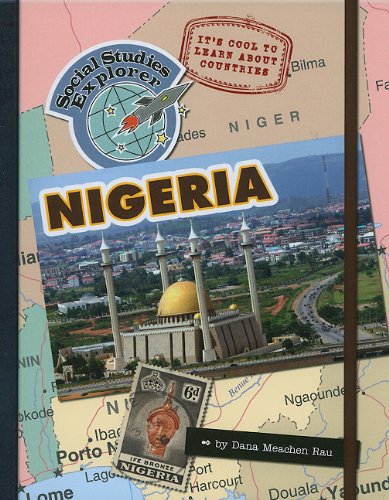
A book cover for It's Cool to Learn About Countries: Nigeria (Social Studies Explorer); Dana Meachen Rau; Children's Books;